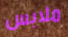
ملابس